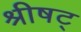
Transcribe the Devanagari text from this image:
श्रीषट्